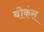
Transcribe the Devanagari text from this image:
बीकंस